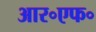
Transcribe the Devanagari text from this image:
आर॰एफ॰